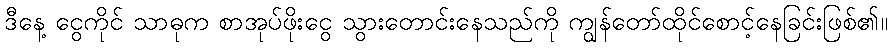
ဒီနေ့ ငွေကိုင် သာဓုက စာအုပ်ဖိုးငွေ သွားတောင်းနေသည်ကို ကျွန်တော်ထိုင်စောင့်နေခြင်းဖြစ်၏။